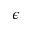
\epsilon